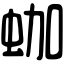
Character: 𧊀